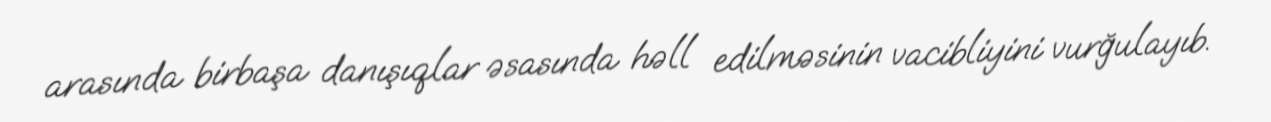
arasında birbaşa danışıqlar əsasında həll edilməsinin vacibliyini vurğulayıb.